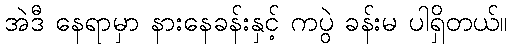
အဲဒီ နေရာမှာ နားနေခန်းနှင့် ကပွဲ ခန်းမ ပါရှိတယ်။